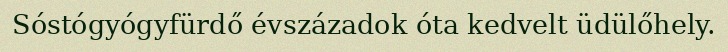
Sóstógyógyfürdő évszázadok óta kedvelt üdülőhely.